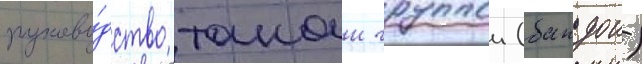
руково́дство такои группои (бандои)